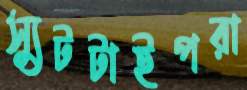
স্যুটটাইপরা